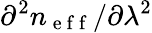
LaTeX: \partial^{2}n_{\mathrm{~e~f~f~}}/\partial\lambda^{2}